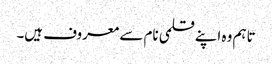
تاہم وہ اپنے قلمی نام سے معروف ہیں۔